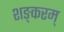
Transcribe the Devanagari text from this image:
शङ्करम्